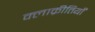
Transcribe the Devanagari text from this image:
क्लाक्रीतियाँ